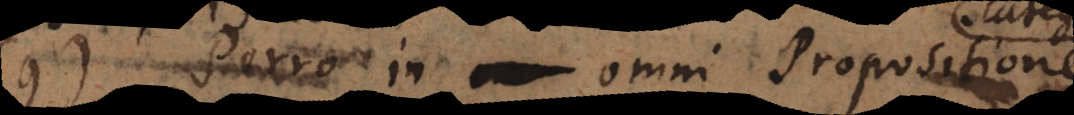
9) Porro in omni Propositione